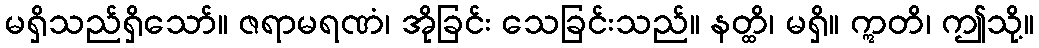
မရှိသည်ရှိသော်။ ဇရာမရဏံ၊ အိုခြင်း သေခြင်းသည်။ နတ္ထိ၊ မရှိ။ ဣတိ၊ ဤသို့။